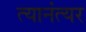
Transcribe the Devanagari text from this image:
त्यानंत्यर